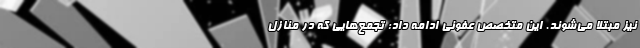
نیز مبتلا می‌شوند. این متخصص عفونی ادامه داد: تجمع‌هایی که در منازل